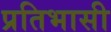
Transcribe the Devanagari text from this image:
प्रतिभासी